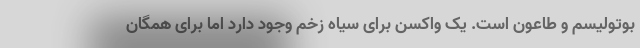
بوتولیسم و طاعون است. یک واکسن برای سیاه زخم وجود دارد اما برای همگان